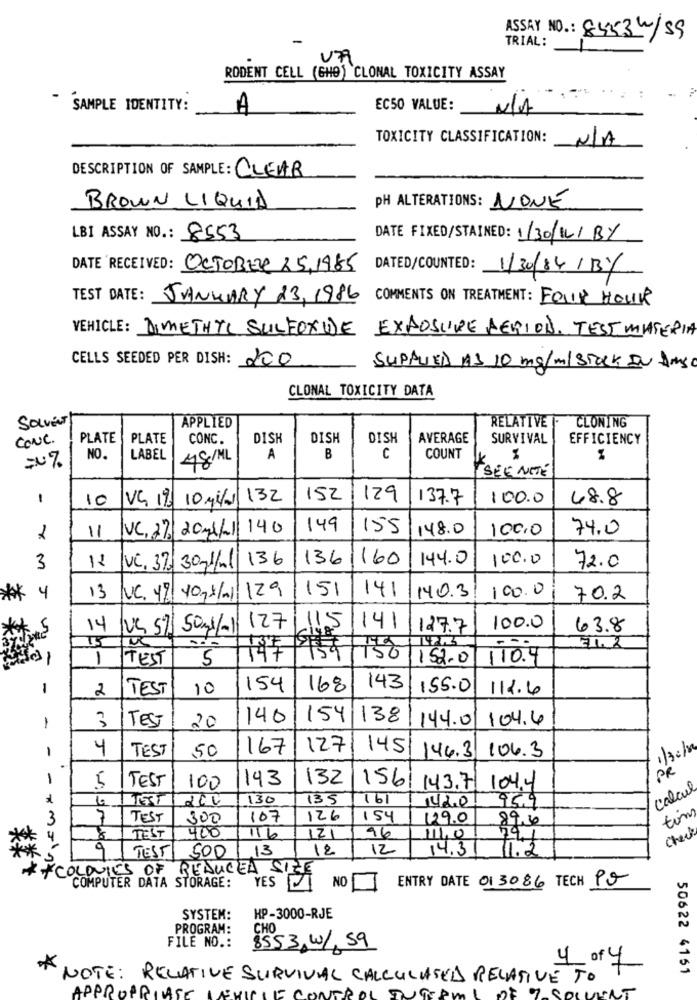
-
ASSAY NO .: 84534/59
TRIAL:
RODENT CELL (GHO) CLONAL TOXICITY ASSAY
" SAMPLE IDENTITY:
A
EC50 VALUE:
TOXICITY CLASSIFICATION:
DESCRIPTION OF SAMPLE : CLEAR
PH ALTERATIONS : NONE
BROWN LIQUID
LBI ASSAY NO .: 8553
DATE FIXED/STAINED: 1/30/16/BY
DATE RECEIVED: OCTOBER 25.1985
DATED/COUNTED: 1/30/84 /BY
TEST DATE: JANUARY 13, 1986 COMMENTS ON TREATMENT: FOUR HOUR
VEHICLE : DIMETHYL SULFOXUDE EXPOSURE PERIOD. TEST MATERIA
CELLS SEEDED PER DISH: 200
SUPPLIED AS 10 mg/ml STOCK IN AMSC
CLONAL TOXICITY DATA
Soviel
RELATIVE
CLONING
APPLIED
CONC.
PLATE
PLATE
CONC.
DISK
DISH
DISH
AVERAGE
SURVIVAL
EFFICIENCY
NO.
LABEL
48/ML
A
B
C
COUNT
SEE NOTE
1
10
VG 19
10 M/
132
152
129
137.7
100.0
48.8
VC, 27/2011/11/ 140
149
155
148.0
100,0
74.0
2
11
136
160
144.0
100.0
3
Vi. 37, 3011/1 136
72.0
151
100.0
** 4
13
VC. 49 407/11/129
141
140.3
70.2
**
14
VS 5% 50mg/1 127
115
141
127.7
100.0
63.8
71.2
-
1
TEST
5
147
150
152.0
110.9
1
2
TEST
10
154
168
143
155.0
112.4
1
3
140
154
138
144.0
104.4
TEST
20
1
4
TEST
50
167
127
145
1/30/20
146.3
106.3
PR
1
5
TEST
143
132
1561
100
143.7
104.4
calcul
130
135
161
420
95.9
tins
3
7
TEST
300
107
126
154
129.0
89,60
Check
TEST
400
116
121
96
11,0
TEST
500
13
12
12
14.3
11.2
** COLONIES OF REDUCED SIZE
NO
ENTRY DATE 01 3086 TECH PO
COMPUTER DATA STORAGE:
YES
SYSTEM:
HP-3000-RJE
PROGRAM:
CHO
FILE NO .:
8553,4/59
4 of 4
50622 4161
* NOTE: RELATIVE SURVIVAL CALCULATED RELATIVE TO
OF % SOLVENT
APPROPRIATE
CONTROL INTERMI